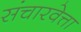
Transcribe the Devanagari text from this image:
संचारवेत्ता